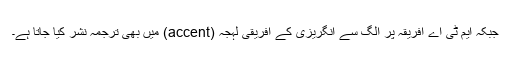
جبکہ ایم ٹی اے افریقہ پر الگ سے انگریزی کے افریقی لہجہ (accent) میں بھی ترجمہ نشر کیا جاتا ہے۔